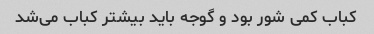
کباب کمی شور بود و گوجه باید بیشتر کباب می‌شد